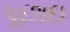
પૂછાઇ